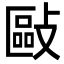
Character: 敺